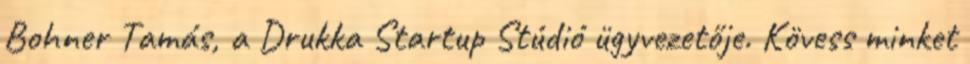
Bohner Tamás, a Drukka Startup Stúdió ügyvezetője. Kövess minket